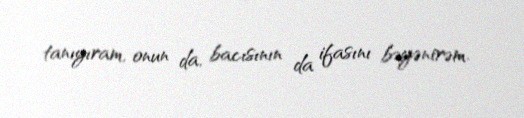
tanıyıram, onun da, bacısının da ifasını bəyənirəm.